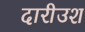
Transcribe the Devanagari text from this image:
दारीउश